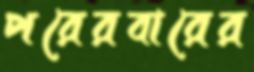
পরেরবারের